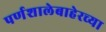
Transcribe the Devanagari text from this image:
पर्णशालेबाहेरच्या